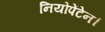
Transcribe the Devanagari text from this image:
नियोपेंटेन।